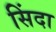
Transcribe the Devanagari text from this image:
सिंदा